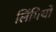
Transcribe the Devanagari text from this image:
लिंगियों